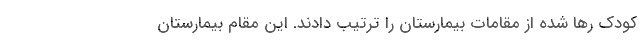
کودک رها شده از مقامات بیمارستان را ترتیب دادند. این مقام بیمارستان